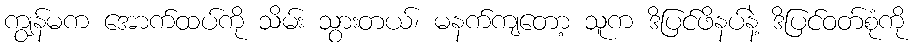
ကျွန်မက အောက်ထပ်ကို သိမ်း သွားတယ်၊ မနက်ကျတော့ သူက ဒိပြင်ဖိနပ်နဲ့ ဒိပြင်ဝတ်စုံကို